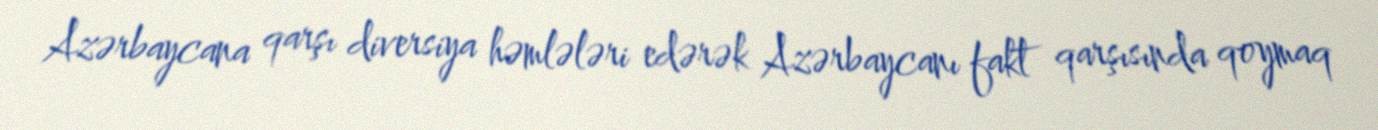
Azərbaycana qarşı diversiya həmlələri edərək Azərbaycanı fakt qarşısında qoymaq